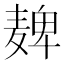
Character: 𫜔